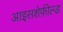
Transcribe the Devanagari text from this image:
आइसशेफ़ील्ड